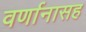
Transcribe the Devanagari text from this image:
वर्णानासह